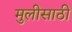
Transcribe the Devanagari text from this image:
मुलीसाठी